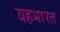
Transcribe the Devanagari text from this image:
वहभारत